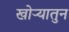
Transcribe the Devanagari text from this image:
खोऱ्यातुन